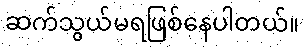
ဆက်သွယ်မရဖြစ်နေပါတယ်။